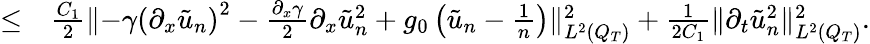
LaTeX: \begin{array}{rl}{\leq}&{{}\frac{C_{1}}{2}\lVert-\gamma\left(\partial_{x}\tilde{u}_{n}\right)^{2}-\frac{\partial_{x}\gamma}{2}\partial_{x}\tilde{u}_{n}^{2}+g_{0}\left(\tilde{u}_{n}-\frac{1}{n}\right)\rVert_{L^{2}(Q_{T})}^{2}+\frac{1}{2C_{1}}\lVert\partial_{t}\tilde{u}_{n}^{2}\rVert_{L^{2}(Q_{T})}^{2}.}\end{array}